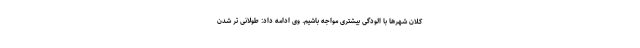
کلان شهرها با الودگی بیشتری مواجه باشیم. وی ادامه داد: طولانی تر شدن